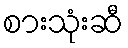
စားသုံးဆီ